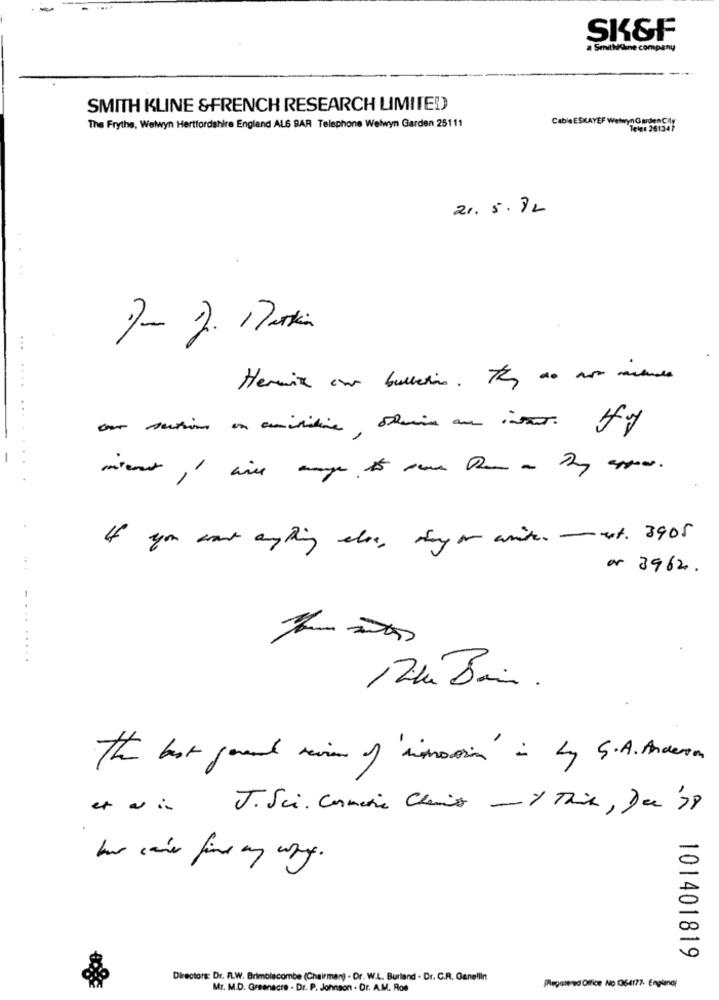
SK&F
a SmithKline company
---
SMITH KLINE &FRENCH RESEARCH LIMITED
Cable ESKAYEF Welwyn GardenCity
The Frythe, Welwyn Hertfordshire England ALS BAR Telephone Welwyn Garden 25111
Tele: 261347
21.5.82
-
... .... ........
-
.
If you want anything else, they or write -ext. 3905
or 3962.
......
12h Bir .
The bur gaard review of 'inmotion' i by S.A. Anderson
et vin J.Sci. Conmarie Claire -1 This, De '38
har cave find my way.
101401819
Directors: Dr. FL.W. Brimblacombe (Chairman) . Dr. W.L. Burland . Dr. C.R. Genellin
Mr. M.D. Greenacre . Dr. P. Johnson . Dr. A.M. Ros
[Regolered Ofice No 106-4177. Englanol